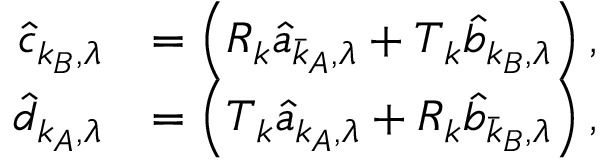
\begin{array} { r l } { \hat { c } _ { \boldsymbol { k } _ { B } , \lambda } } & { = \left( R _ { \boldsymbol { k } } \hat { a } _ { \bar { \boldsymbol { k } } _ { A } , \lambda } + T _ { \boldsymbol { k } } \hat { b } _ { \boldsymbol { k } _ { B } , \lambda } \right) , } \\ { \hat { d } _ { \boldsymbol { k } _ { A } , \lambda } } & { = \left( T _ { \boldsymbol { k } } \hat { a } _ { \boldsymbol { k } _ { A } , \lambda } + R _ { \boldsymbol { k } } \hat { b } _ { \bar { \boldsymbol { k } } _ { B } , \lambda } \right) , } \end{array}